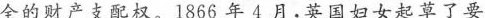
全的财产支配权。1866年4月，英国妇女起草了要